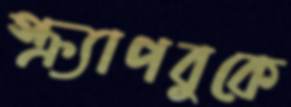
স্ক্র্যাপবুকে